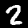
Label: 2